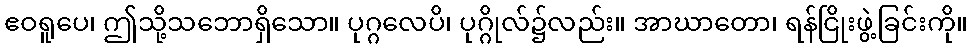
ဧဝရူပေ၊ ဤသို့သဘောရှိသော။ ပုဂ္ဂလေပိ၊ ပုဂ္ဂိုလ်၌လည်း။ အာဃာတော၊ ရန်ငြိုးဖွဲ့ခြင်းကို။